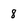
Character: 8